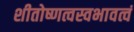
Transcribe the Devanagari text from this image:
शीतोष्णत्वस्वभावत्वं